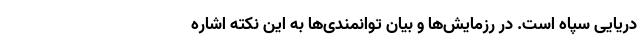
دریایی سپاه است. در رزمایش‌ها و بیان توانمندی‌ها به این نکته اشاره